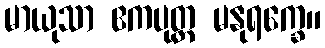
မာယုသာ ဧကပုတ္တ မနုရက္ခေ။